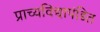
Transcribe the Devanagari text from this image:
प्राच्यविद्यापंडित